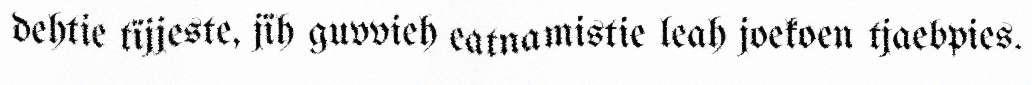
dehtie tïjjeste, jïh guvvieh eatnamistie leah joekoen tjaebpies.